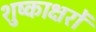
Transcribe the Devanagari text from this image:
शुष्काक्षरों